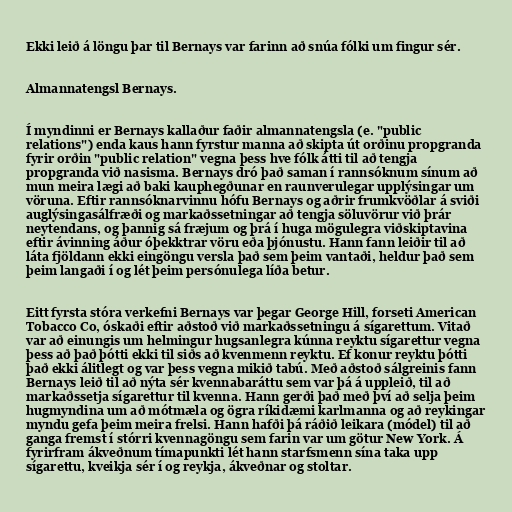
Ekki leið á löngu þar til Bernays var farinn að snúa fólki um fingur sér.

Almannatengsl Bernays.

Í myndinni er Bernays kallaður faðir almannatengsla (e. "public
relations") enda kaus hann fyrstur manna að skipta út orðinu propgranda
fyrir orðin "public relation" vegna þess hve fólk átti til að tengja
propgranda við nasisma. Bernays dró það saman í rannsóknum sínum að
mun meira lægi að baki kauphegðunar en raunverulegar upplýsingar um
vöruna. Eftir rannsóknarvinnu hófu Bernays og aðrir frumkvöðlar á sviði
auglýsingasálfræði og markaðssetningar að tengja söluvörur við þrár
neytendans, og þannig sá fræjum og þrá í huga mögulegra viðskiptavina
eftir ávinning áður óþekktrar vöru eða þjónustu. Hann fann leiðir til að
láta fjöldann ekki eingöngu versla það sem þeim vantaði, heldur það sem
þeim langaði í og lét þeim persónulega líða betur.

Eitt fyrsta stóra verkefni Bernays var þegar George Hill, forseti American
Tobacco Co, óskaði eftir aðstoð við markaðssetningu á sígarettum. Vitað
var að einungis um helmingur hugsanlegra kúnna reyktu sígarettur vegna
þess að það þótti ekki til siðs að kvenmenn reyktu. Ef konur reyktu þótti
það ekki álitlegt og var þess vegna mikið tabú. Með aðstoð sálgreinis fann
Bernays leið til að nýta sér kvennabaráttu sem var þá á uppleið, til að
markaðssetja sígarettur til kvenna. Hann gerði það með því að selja þeim
hugmyndina um að mótmæla og ögra ríkidæmi karlmanna og að reykingar
myndu gefa þeim meira frelsi. Hann hafði þá ráðið leikara (módel) til að
ganga fremst í stórri kvennagöngu sem farin var um götur New York. Á
fyrirfram ákveðnum tímapunkti lét hann starfsmenn sína taka upp
sígarettu, kveikja sér í og reykja, ákveðnar og stoltar.